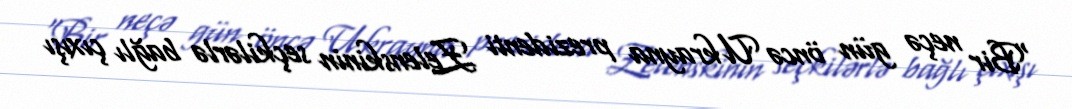
“Bir neçə gün öncə Ukrayna prezidenti Zelenskinin seçkilərlə bağlı çıxışı